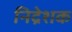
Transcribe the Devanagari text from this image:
निद्रेशक